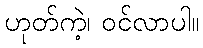
ဟုတ်ကဲ့၊ ဝင်လာပါ။